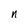
Character: n